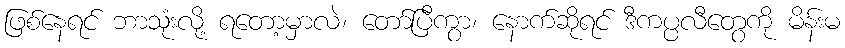
ဖြစ်နေရင် ဘာသုံးလို့ ရတော့မှာလဲ၊ တော်ပြီကွာ၊ နောက်ဆိုရင် ဒီကပ္ပလီတွေကို မိန်းမ